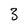
Character: 3